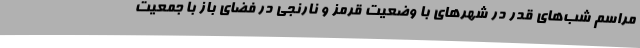
مراسم شب‌های قدر در شهرهای با وضعیت قرمز و نارنجی در فضای باز با جمعیت